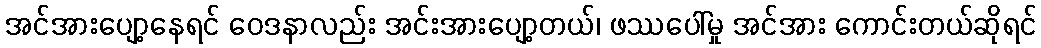
အင်အားပျော့နေရင် ဝေဒနာလည်း အင်းအားပျော့တယ်၊ ဖဿပေါ်မှု အင်အား ကောင်းတယ်ဆိုရင်